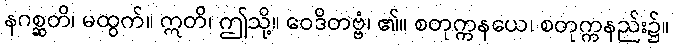
နဂစ္ဆတိ၊ မထွက်။ ဣတိ၊ ဤသို့။ ဝေဒိတဗ္ဗံ၊ ၏။ စတုက္ကနယေ၊ စတုက္ကနည်း၌။